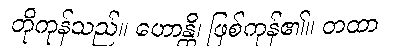
တိုကုန်သည်။ ဟောန္တိ၊ ဖြစ်ကုန်၏။ တထာ